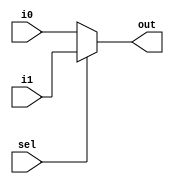
module mux2x1 #(
	parameter XLEN = 32
) 
(
	input  wire [XLEN-1:0] i0,
	input  wire [XLEN-1:0] i1,
	input  wire            sel,
	output reg  [XLEN-1:0] out
);

always @(*) begin
	if (!sel) begin
		out = i0;
	end
	else begin
		out = i1;
	end
end

endmodule